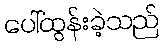
ပေါ်ထွန်းခဲ့သည်